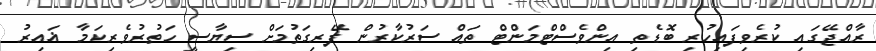
ރާއްޖޭގައި ކުރެވިފައިހުރި ބޮޑެތި އިންވެސްޓްމަންޓް ތައް ސަރުކާރުން ފޭރިގަތުމަށް ސިޔާސީ ހަތުރުވެރިކަމާ ޣައިރު